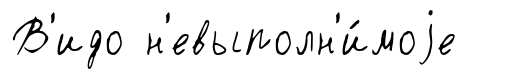
В'идо н'евыполн'и́моjе